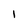
Character: 1